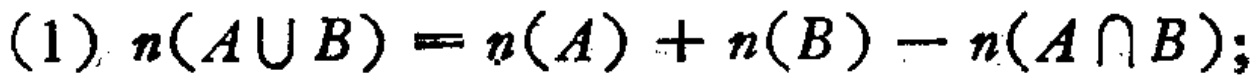
\((1)\ n(A\cup B)=n(A)+n(B)-n(A\cap B);\)